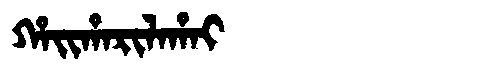
Manchu: ᡥᠠᡳᡥᠠᡵᡳᠯᠠᡥᠠᡳ
Romanization: HAIHARILAHAI